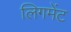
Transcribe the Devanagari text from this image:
लिगमेंट